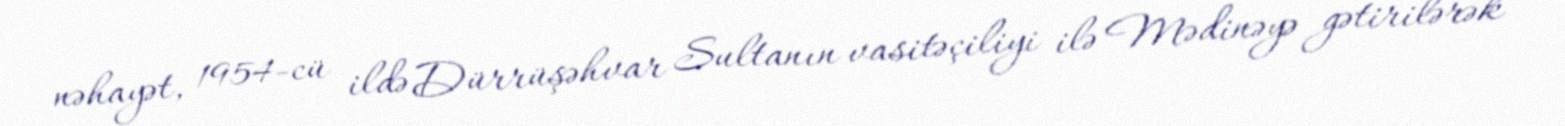
nəhayət, 1954-cü ildə Dürrüşəhvar Sultanın vasitəçiliyi ilə Mədinəyə gətirilərək